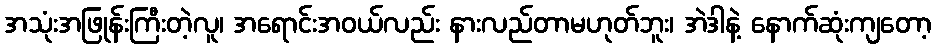
အသုံးအဖြုန်းကြီးတဲ့လူ၊ အရောင်းအဝယ်လည်း နားလည်တာမဟုတ်ဘူး၊ အဲဒါနဲ့ နောက်ဆုံးကျတော့